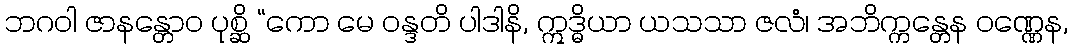
ဘဂဝါ ဇာနန္တောဝ ပုစ္ဆိ “ကော မေ ဝန္ဒတိ ပါဒါနိ, ဣဒ္ဓိယာ ယသသာ ဇလံ၊ အဘိက္ကန္တေန ဝဏ္ဏေန,